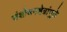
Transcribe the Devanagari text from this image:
संशोधनक्षेत्रांमुळे